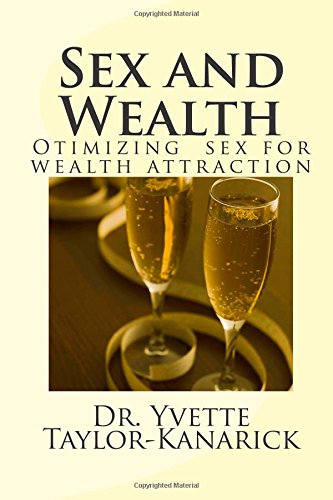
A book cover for Sex and Wealth; Dr. Yvette P Taylor-Kanarick; Self-Help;